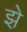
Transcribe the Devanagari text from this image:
झ़े